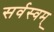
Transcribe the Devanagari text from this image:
सर्वस्वम्